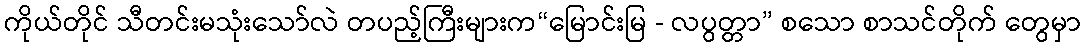
ကိုယ်တိုင် သီတင်းမသုံးသော်လဲ တပည့်ကြီးများက“မြောင်းမြ - လပွတ္တာ” စသော စာသင်တိုက် တွေမှာ